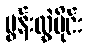
မွန်းလွဲပိုင်း